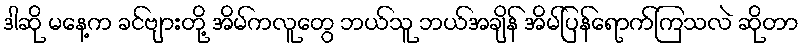
ဒါဆို မနေ့က ခင်ဗျားတို့ အိမ်ကလူတွေ ဘယ်သူ ဘယ်အချိန် အိမ်ပြန်ရောက်ကြသလဲ ဆိုတာ